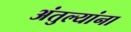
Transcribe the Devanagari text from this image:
अंतुल्यांना